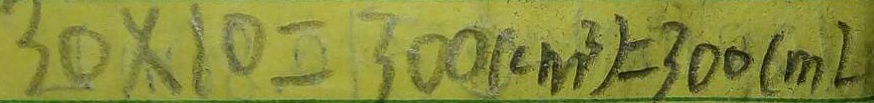
3 0 \times 1 0 = 3 0 0 ( c m ^ { 3 } ) = 3 0 0 ( m L